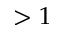
> 1